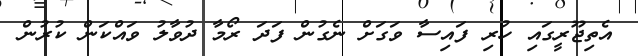
އެތިޖޫރީގައި ހުރި ފައިސާ ވަގަށް ނެގުން ފަދަ ރޯމާ ދުވާލު ވައްކަން ކުރުުން